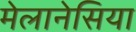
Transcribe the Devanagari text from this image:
मेलानेसिया